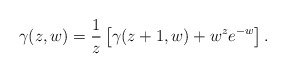
\begin{align*}\gamma(z, w) =\frac{1}{z} \left[ \gamma(z + 1, w) + w^z e^{-w} \right].\end{align*}